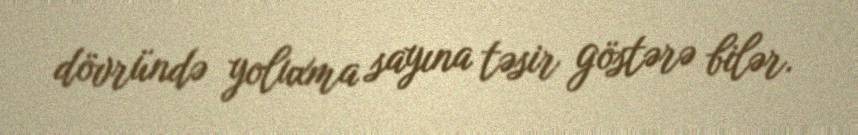
dövründə yoluxma sayına təsir göstərə bilər.